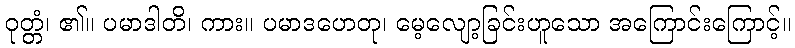
ဝုတ္တံ၊ ၏။ ပမာဒါတိ၊ ကား။ ပမာဒဟေတု၊ မေ့လျော့ခြင်းဟူသော အကြောင်းကြောင့်။